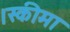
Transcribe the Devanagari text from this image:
।स्कीमा